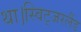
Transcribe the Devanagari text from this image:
था।स्विट्जरलैंड